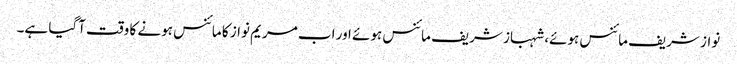
نواز شریف مائنس ہوئے، شہباز شریف مائنس ہوئے اور اب مریم نواز کا مائنس ہونے کا وقت آگیا ہے۔